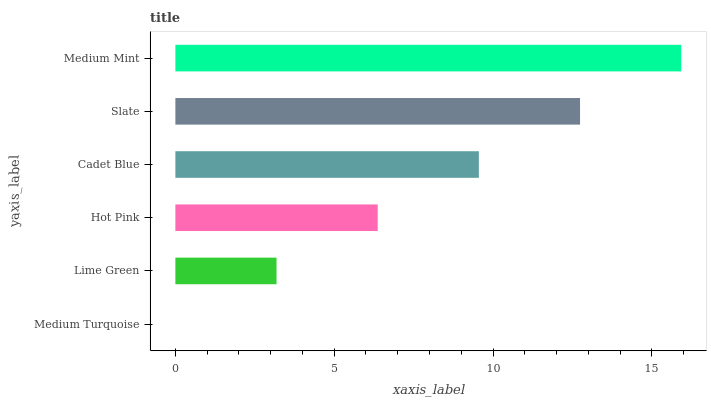
| yaxis_label | bars |
 | --- | --- |
 | Medium Turquoise | 0 |
 | Lime Green | 3.18 |
 | Hot Pink | 6.37 |
 | Cadet Blue | 9.55 |
 | Slate | 12.7 |
 | Medium Mint | 15.9 |